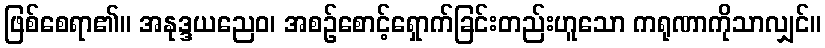
ဖြစ်စေရာ၏။ အနုဒ္ဒယညေဝ၊ အစဉ်စောင့်ရှောက်ခြင်းတည်းဟူသော ကရုဏာကိုသာလျှင်။